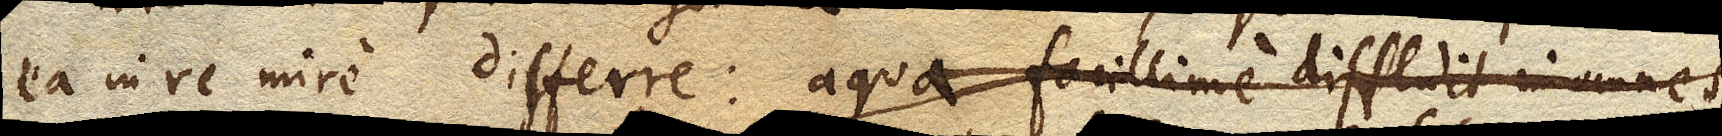
ea in re mire differre: aqua facillime diffluit in omnes